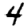
Digit: 4